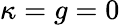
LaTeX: \kappa=g=0